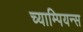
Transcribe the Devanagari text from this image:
च्याम्पियन्स